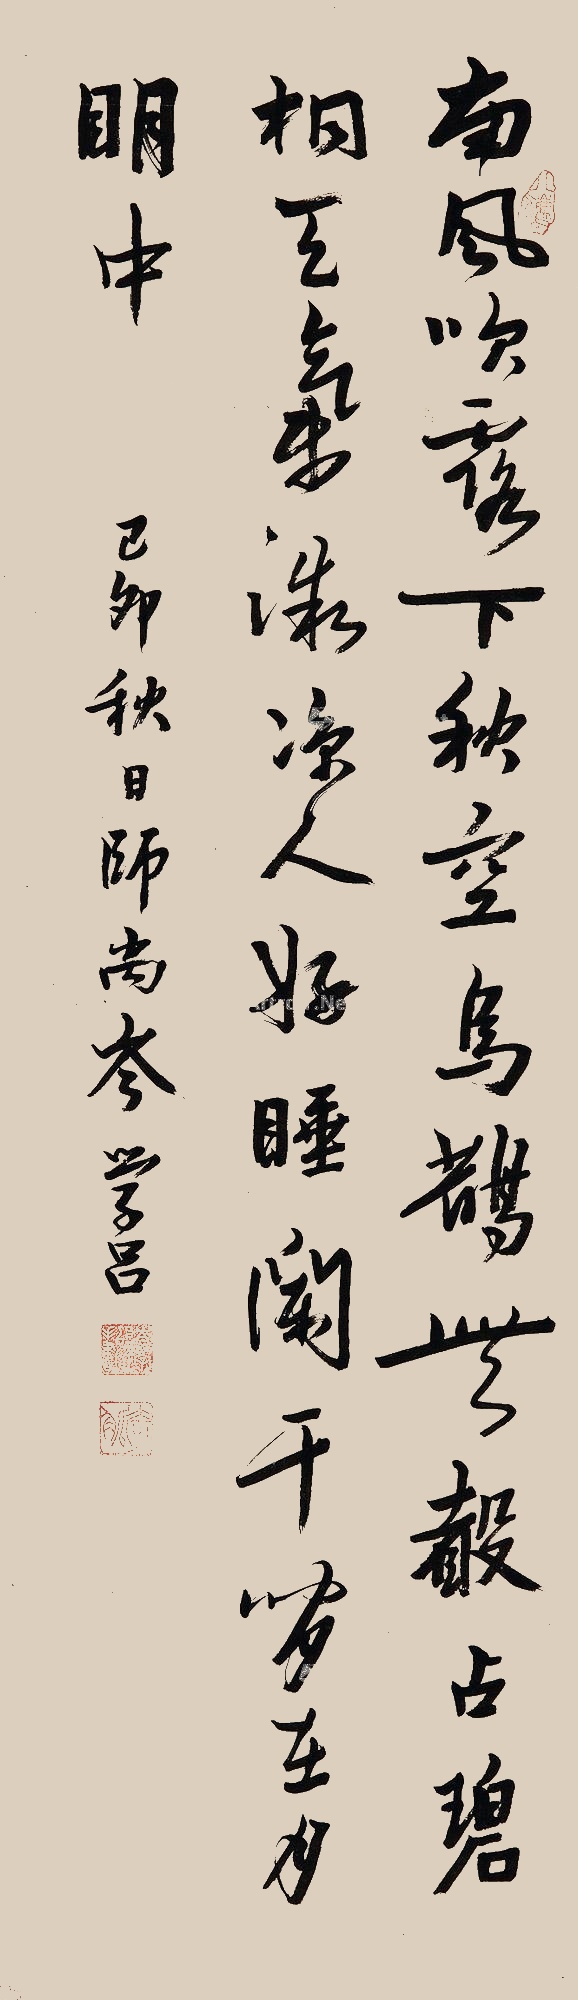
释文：南风吹露下秋空，乌鹊无声占碧桐。天气微凉人好睡，阑干闲在月明中。己卯秋日，师尚岑学吕。